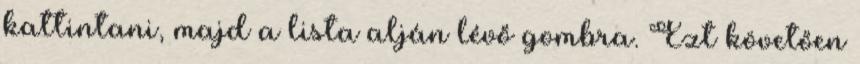
kattintani, majd a lista alján lévő gombra. Ezt követően